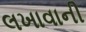
લખાવાની